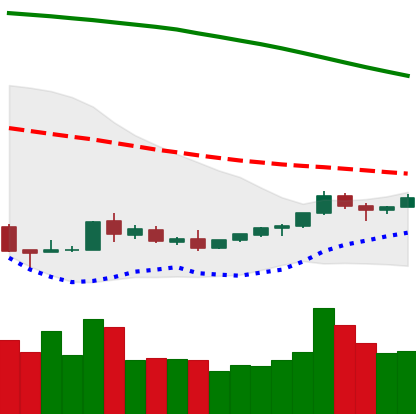
Ticker: TRX-USD
Chart end date: 2018-09-01
Forward return: -18.601%
Label: down_7plus